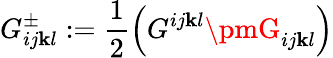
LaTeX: G_{ij\mathbf{k}l}^{\pm}:=\frac{1}{2}\left(G^{ij\mathbf{k}l}\pmG_{ij\mathbf{k}l}\right)